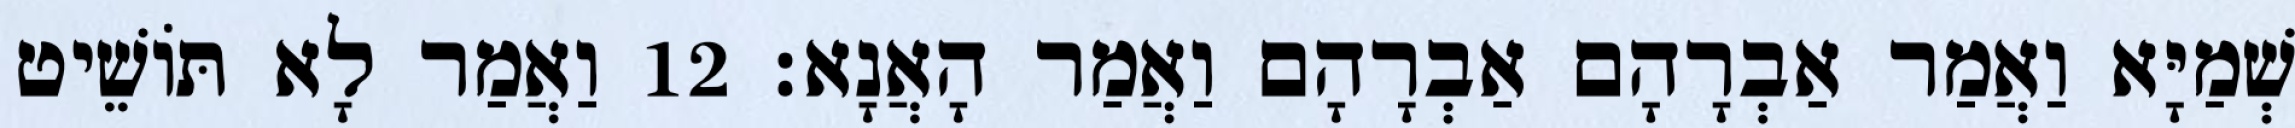
שְׁמַיָּא וַאֲמַר אַבְרָהָם אַבְרָהָם וַאֲמַר הָאֲנָא׃ 12 וַאֲמַר לָא תּוֹשֵׁיט